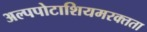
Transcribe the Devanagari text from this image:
अल्पपोटाशियमरक्तता